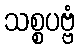
သစ္စပဗ္ဗံ